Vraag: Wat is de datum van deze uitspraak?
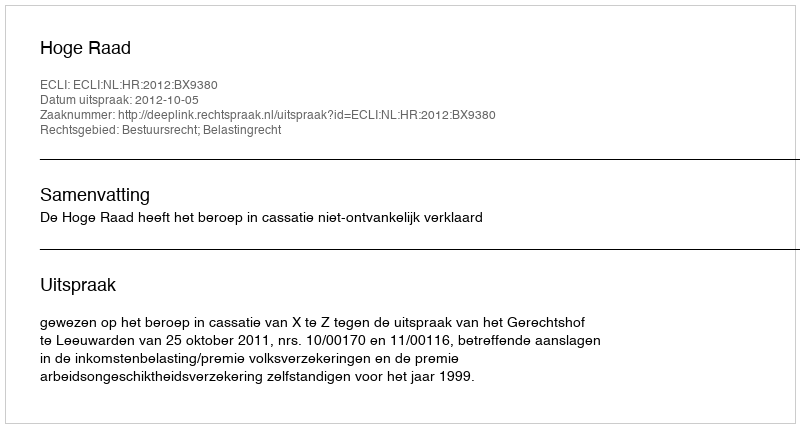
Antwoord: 2012-10-05